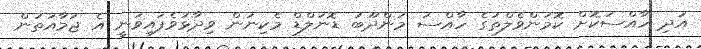
އަދި ހާއްސަކޮށް ކޮމަންވެލްތުގެ ހާއްސަ މަންދޫބު ޑޮނަލްޑް މެކިނަން ވިދާޅުވެފައިވަނީ އެ ޖަމާއަތުން